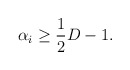
\begin{align*}\alpha_i \geq \frac{1}{2} D -1.\end{align*}